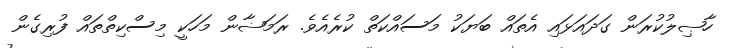
ހާޞިލުކުރަން ގަދައަޅައި އެތައް ބަޔަކު މަސައްކަތް ކުރެއެވެ. ރަމަޟާން މަހަކީ މިސްކިތްތައް ފުރިގެން